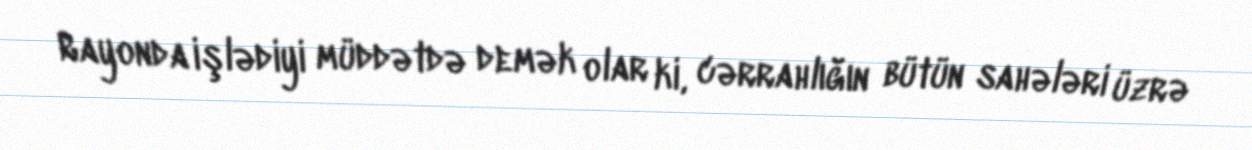
Rayonda işlədiyi müddətdə demək olar ki, cərrahlığın bütün sahələri üzrə